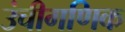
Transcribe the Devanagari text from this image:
उंचीगणिक